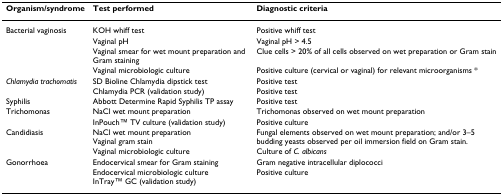
<table><thead><tr><td><b>Organism/syndrome</b></td><td><b>Test performed</b></td><td><b>Diagnostic criteria</b></td></tr></thead><tbody><tr><td>Bacterial vaginosis</td><td>KOH whiff test</td><td>Positive whiff test</td></tr><tr><td></td><td>Vaginal pH</td><td>Vaginal pH &gt; 4.5</td></tr><tr><td></td><td>Vaginal smear for wet mount preparation and Gram staining</td><td>Clue cells &gt; 20% of all cells observed on wet preparation or Gram stain</td></tr><tr><td></td><td>Vaginal microbiologic culture</td><td>Positive culture (cervical or vaginal) for relevant microorganisms *</td></tr><tr><td><i>Chlamydia trachomatis</i></td><td>SD Bioline Chlamydia dipstick test</td><td>Positive test</td></tr><tr><td></td><td>Chlamydia PCR (validation study)</td><td>Positive test</td></tr><tr><td>Syphilis</td><td>Abbott Determine Rapid Syphilis TP assay</td><td>Positive test</td></tr><tr><td>Trichomonas</td><td>NaCl wet mount preparation</td><td>Trichomonas observed on wet mount preparation</td></tr><tr><td></td><td>InPouchTM TV culture (validation study)</td><td>Positive culture</td></tr><tr><td>Candidiasis</td><td>NaCl wet mount preparationVaginal gram stain</td><td>Fungal elements observed on wet mount preparation; and/or 3–5 budding yeasts observed per oil immersion field on Gram stain.</td></tr><tr><td></td><td>Vaginal microbiologic culture</td><td>Culture of <i>C. albicans</i></td></tr><tr><td>Gonorrhoea</td><td>Endocervical smear for Gram staining</td><td>Gram negative intracellular diplococci</td></tr><tr><td></td><td>Endocervical microbiologic cultureInTrayTM GC (validation study)</td><td>Positive culture</td></tr></tbody></table>